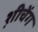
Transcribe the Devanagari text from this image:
श़ीचेंग